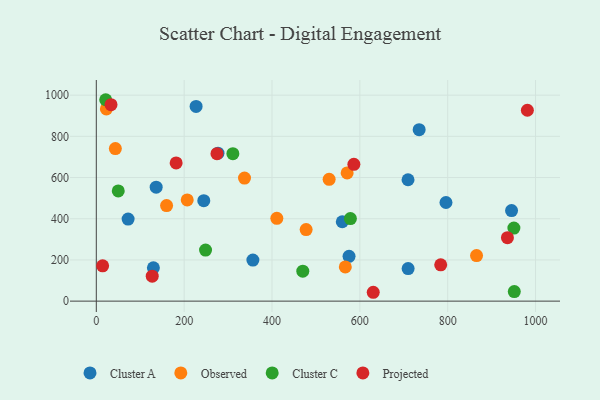
{"axis": {"x": "Study Hours", "y": "Fuel Efficiency"}, "legend": ["Cluster A", "Cluster C", "Observed", "Projected"], "data": [{"x": "244.7", "y": 487.7, "type": "Cluster A"}, {"x": "945.4", "y": 439.5, "type": "Cluster A"}, {"x": "277.0", "y": 718.3, "type": "Cluster A"}, {"x": "796.1", "y": 478.8, "type": "Cluster A"}, {"x": "72.4", "y": 398.6, "type": "Cluster A"}, {"x": "709.7", "y": 589.3, "type": "Cluster A"}, {"x": "227.2", "y": 945.1, "type": "Cluster A"}, {"x": "575.4", "y": 217.5, "type": "Cluster A"}, {"x": "560.0", "y": 385.3, "type": "Cluster A"}, {"x": "130.0", "y": 161.6, "type": "Cluster A"}, {"x": "356.5", "y": 199.1, "type": "Cluster A"}, {"x": "136.3", "y": 553.3, "type": "Cluster A"}, {"x": "735.0", "y": 832.2, "type": "Cluster A"}, {"x": "709.9", "y": 158.2, "type": "Cluster A"}, {"x": "337.4", "y": 597.6, "type": "Observed"}, {"x": "865.7", "y": 221.4, "type": "Observed"}, {"x": "411.0", "y": 402.2, "type": "Observed"}, {"x": "566.9", "y": 166.1, "type": "Observed"}, {"x": "43.4", "y": 740.7, "type": "Observed"}, {"x": "23.0", "y": 933.3, "type": "Observed"}, {"x": "160.0", "y": 464.1, "type": "Observed"}, {"x": "207.0", "y": 491.5, "type": "Observed"}, {"x": "571.1", "y": 622.4, "type": "Observed"}, {"x": "477.7", "y": 347.6, "type": "Observed"}, {"x": "530.1", "y": 591.2, "type": "Observed"}, {"x": "951.6", "y": 46.2, "type": "Cluster C"}, {"x": "50.0", "y": 535.1, "type": "Cluster C"}, {"x": "21.4", "y": 977.8, "type": "Cluster C"}, {"x": "950.7", "y": 354.6, "type": "Cluster C"}, {"x": "310.9", "y": 716.1, "type": "Cluster C"}, {"x": "578.5", "y": 400.8, "type": "Cluster C"}, {"x": "248.7", "y": 247.7, "type": "Cluster C"}, {"x": "470.1", "y": 145.3, "type": "Cluster C"}, {"x": "784.1", "y": 176.5, "type": "Projected"}, {"x": "630.5", "y": 43.0, "type": "Projected"}, {"x": "181.8", "y": 671.1, "type": "Projected"}, {"x": "586.4", "y": 664.3, "type": "Projected"}, {"x": "14.4", "y": 171.3, "type": "Projected"}, {"x": "33.5", "y": 953.9, "type": "Projected"}, {"x": "981.4", "y": 926.6, "type": "Projected"}, {"x": "274.7", "y": 716.0, "type": "Projected"}, {"x": "936.0", "y": 307.9, "type": "Projected"}, {"x": "127.3", "y": 121.2, "type": "Projected"}]}